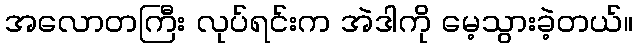
အလောတကြီး လုပ်ရင်းက အဲဒါကို မေ့သွားခဲ့တယ်။